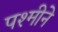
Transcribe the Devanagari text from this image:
पश्मीने